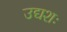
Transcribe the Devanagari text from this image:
उद्यशः